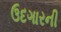
ઉદગારની